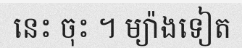
នេះ ចុះ ។ ម្យ៉ាងទៀត